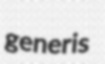
generis